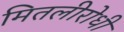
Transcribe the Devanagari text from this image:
मितलीरोधी